Heimtali_vallavalitsus, lk 67
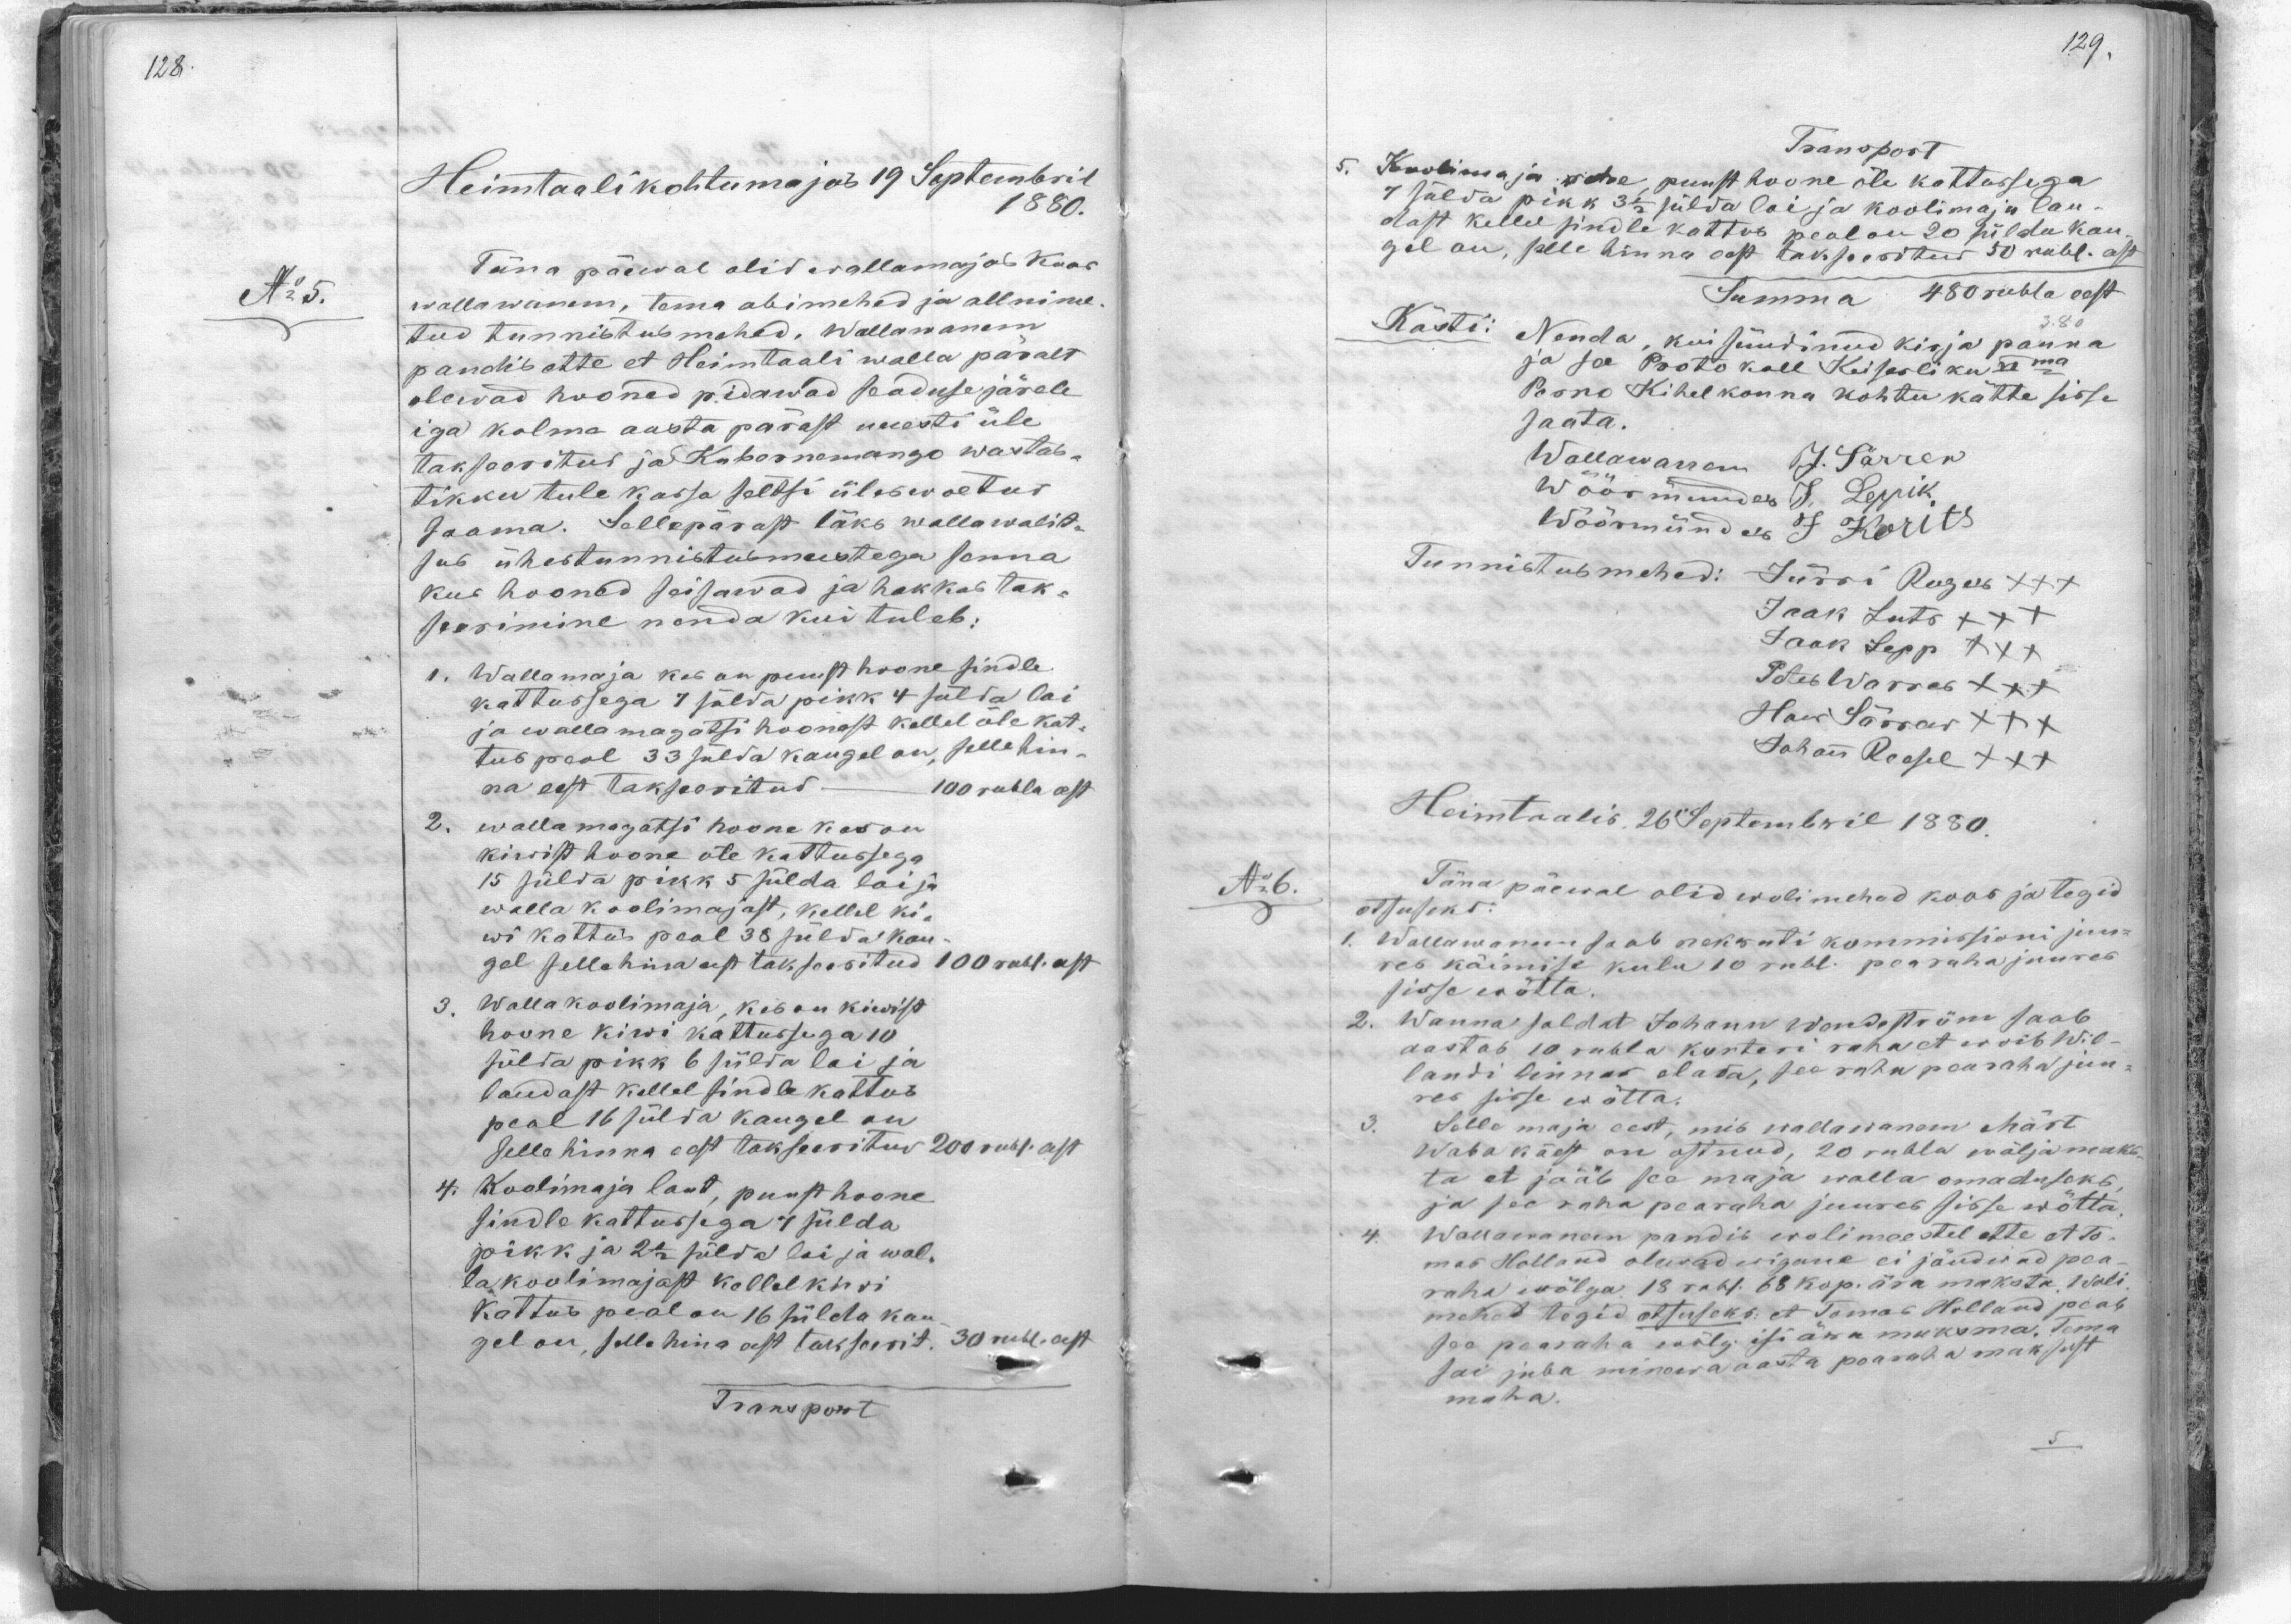
Heimtaali kohtumajas 19 Septembril
1880.
No:5.
Täna päewal olid wallamajas koos
wallawanem, tema abimehed ja allnime-
tud tunnistus mehed. Wallawanem
pandis ette et Heimtaali walla päralt
olewad hooned pidawad seaduse järele
iga kolma aasta pärast uuesti üle
takseeritud ja Kubrnemango wastas,
tikku tule kassa seltsi üleswoetud
saama. Sellepärast läks wallawalit-
sub ühestunnistuimustega sema
kus hooned seisawad ja hakkas tak-
seerimine nõnda kui tuleb:
1. Wallamaja kus on puust hoone sindle
kattussega 7 sülda pikk 4 sülda lai
ja walla magatsi hoonest kellel õle kat-
tus peal 33 sülda kaugel on, selle hin-
na eest takseeritud - 100 rubla eest
2. wallamagatsi hoone kus on
kivist hoone õle kattussega
15 sülda pikk 5 sülda lai ja.
walla koolimajast, kellel ki-
wi kattu peal 38 sülda kau-
gel sella hina eest takseeritud 100 rubl. eest
3. Walla koolimaja kes on kiwist
hoone kiwi kattussuga 10
sülda pikk 6 sülda lai ja
laudast kellel sindle kattus
peal 16 sülda kaugel on
selle hinna eest takseeritud 200 rubl. eest
4. Koolimaja laut, puust hoone
sindle kattussega 4 sülda
pikk ja 2 1/2 sülda lai ja wal-
ta koolimajast kellel kivvi
kattus peal on 16 sülda kau-
gel on, selle hina eest takseerit. 30 rubl. eest
Transport

Transport
5. Koolimaja rehe puust hoone õle kattusega
7 sülda pikk 3 1/2 sülda lai ja koolimaju lau-
dast kellel sindle kattus peal on 20 pildu kau-
gel on, selle hinna eest takseeritud 50 rubl. eest
Summa 480 rubla eest
Kästi: Nenda, kui sündinud kirja panna
ja see Protokoll Keiserliku VI ma
Perno Kihelkonna kohtu kätte sisse
saata.
Wallawanem J. Särrew
wöörmünder J. Leppik
Wöörmünder J Korits
Tunnistusmehed: Jürri Roger +++
Jaak Luts +++
Jaak Sepp XXX
Peter Warras XXX
Hans Särrew XXX
Johan Reesel XXX
Heimtaalis 26 Septembril 1880.
No:6.
Täna päewal olid wolimehed koos ja tegid
Otsuseks.
1 Wallawanem saab maksuti kommissioni juu-
res käimise kulu 10 rubl. pearaha juures
sisse wõtta.
2. Wanna soldat Johann Wandeström saab
aastas 10 rubla korteri raha et woib Wil-
landi linnas elada, see raha pearaha juu-
res sisse wõtta.
3. Selle maja eest, mis wallawanem Märt-
Waba käest on ostnud, 20 rubla wäljamaks-
ta et jääb see maja walla omaduseks
ja see raha pearaha juures sisse wõtta
4. Wallawanem pandis wolimeestel ette Ats-
mas Holland olewad wigane ei jõudwad pea-
raha wõlga 18 rubl. 68 kop. ära maksta. Woli
mehed tegid otsuseks: et Tomas Holland peab
see pearaha wõlg isi ärra maksma. Tema
sai juba minewa aasta pearaha maksust
maha.